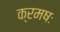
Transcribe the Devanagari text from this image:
क्रमषः